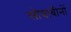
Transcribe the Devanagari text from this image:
सोयाबीनों